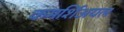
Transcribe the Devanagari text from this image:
कमर्शिअयल